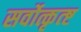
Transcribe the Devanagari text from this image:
सर्वोत्कृत्ष्ट